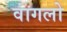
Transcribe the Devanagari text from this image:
वागलो